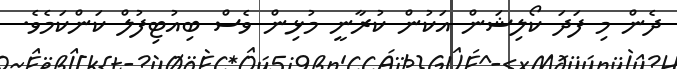
ދެން މި ފަދަ ކޯލިޝަން އަކުން ކުރާނީ މުޅިން ވެސް ބިއުޓިފުލް ކަންކަމެވެ.